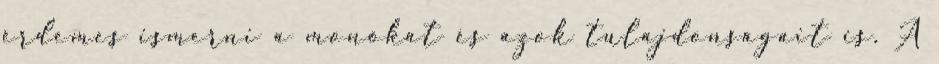
érdemes ismerni a monókat és azok tulajdonságait is. A